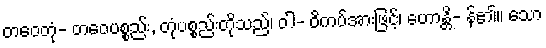
တဝေတုံ- တဝေပစ္စည်း, တုံပစ္စည်းတိုသည်၊ ဝါ- ဝိကပ်အားဖြင့်၊ ဟောန္တိ- န်၏။ သော